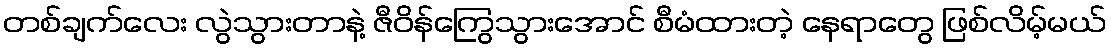
တစ်ချက်လေး လွဲသွားတာနဲ့ ဇီဝိန်ကြွေသွားအောင် စီမံထားတဲ့ နေရာတွေ ဖြစ်လိမ့်မယ်